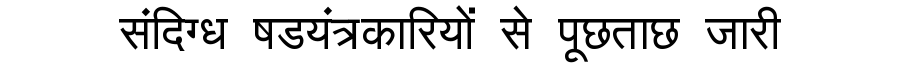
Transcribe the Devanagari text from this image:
संदिग्ध षडयंत्रकारियों से पूछताछ जारी